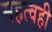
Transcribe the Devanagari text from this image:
महत्वही